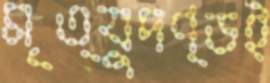
মৃত্যুদণ্ডই